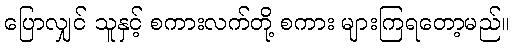
ပြောလျှင် သူနှင့် စကားလက်တို့ စကား များကြရတော့မည်။